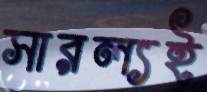
সারল্যই